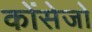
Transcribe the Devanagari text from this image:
कोंसेजो